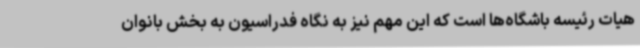
هیات رئیسه باشگاه‌ها است که این مهم نیز به نگاه فدراسیون به بخش بانوان